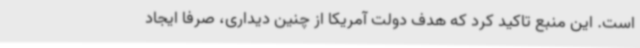
است. این منبع تاکید کرد که هدف دولت آمریکا از چنین دیداری، صرفا ایجاد